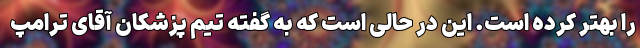
را بهتر کرده است. این در حالی است که به گفته تیم پزشکان آقای ترامپ